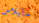
سايلاس